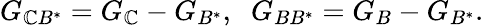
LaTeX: G_{\mathbb{C}B^{\ast}}=G_{\mathbb{C}}-G_{B^{\ast}},\; \; G_{BB^{\ast}}=G_{B}-G_{B^{\ast}}.